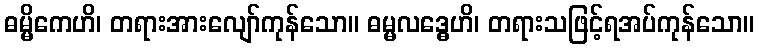
ဓမ္မိကေဟိ၊ တရားအားလျော်ကုန်သော။ ဓမ္မလဒ္ဓေဟိ၊ တရားသဖြင့်ရအပ်ကုန်သော။